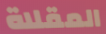
المقلاة